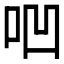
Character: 𠱃